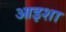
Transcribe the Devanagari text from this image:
आइशा